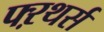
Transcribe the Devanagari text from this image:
फ्ऱथर्स